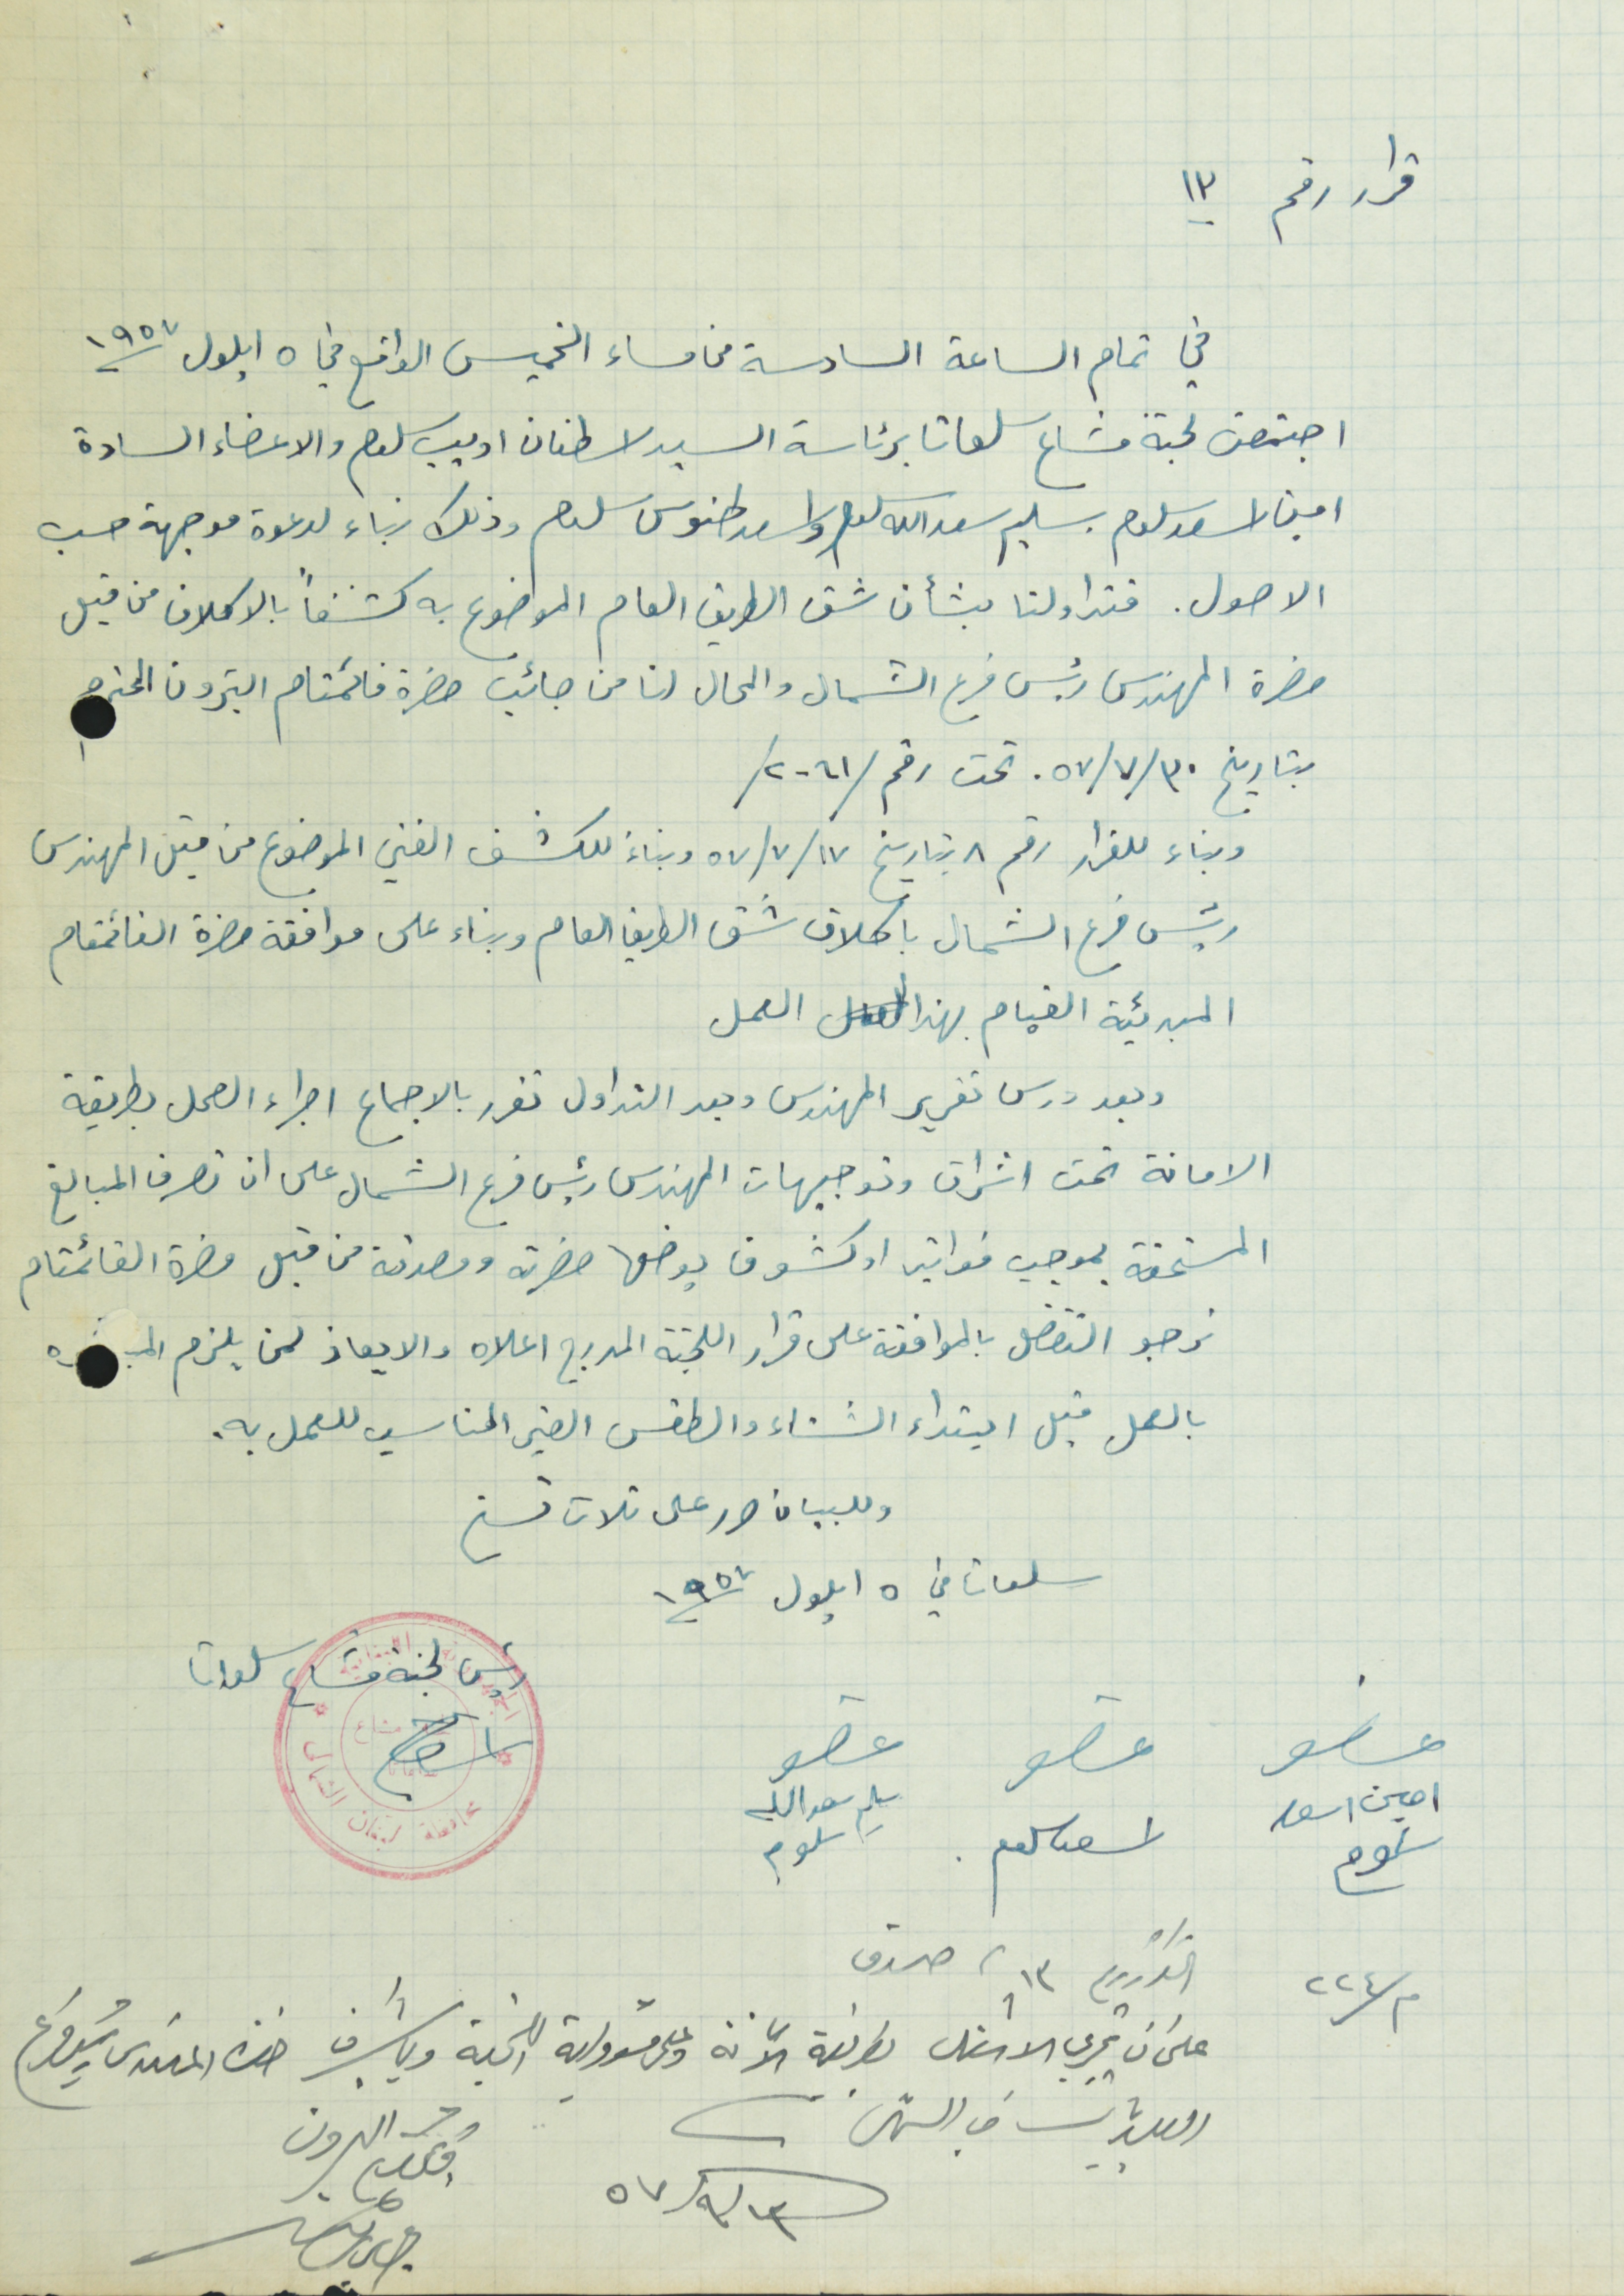
قرار رقم ١٣
في تمام الساعة السادسة من مساء الخميس الواقع في ٥ ايلول ١٩٥٧
اجتمعت لجنة مشاع سلعاتا برئاسة السيد اسطفان اديب سلوم والسادة
امين اسعد سلوم سليم سعدالله سلوم واسعد طنوس سلوم وذلك بناء لدعوة موجهة حسب
الاصول. فتداولنا بشأن شق الطريق العام الموضوع به كشفاً بالاكلاف من قبل
حضرة المهندس رئيس فرع الشمال والمحال لنا من جانب حضرة قائمقام البترون المحترم
بتاريخ ٣٠ /٧/ ٥٧ تحت رقم /٢٠٦١/
وبناء للقرار رقم ٨ بتاريخ ١٧ /٧ /٥٧ وبناءَ للكشف الفني الموضوع من قبل المهندس
رئيس فرع الشمال باكلاف شق الطريق العام وبناء على موافقة حضرة القائمقام
المبدئية القيام بهذا العمل
وبعد درس تقرير المهندس وبعد التداول تقرر بالاجماع اجراء العمل بطريقة
الامانة تحت اشراف وتوجيهات المهندس رئيس فرع الشمال على لن تصرف المبالغ
المستحقة بموجب فواتير او كشوف يوضعها حضرته ومصدقة من قبل حضرة القائمقام
نرجو التفضل بالموافقة على قرارا اللجنة المدرج اعلاه والايعاز لمن يلزم
بالعمل قبل ابتداء الشتاء والطقس الغير المناسب للعمل به.
وللبيان حرر على ثلاث نسخ
سلعاتا في ٥ ايلول ١٩٥٧
رئيس لجنة مشاع سلعاتا
عضو   عضو   عضو
امين اسعد سلوم     اسعد سلوم     سليم سعدالله سلوم
م/٢٢٤  القرارا رقم ١٣ صدق
على ان تجري الاشغال بطريقة الامانة وعلى مسؤولية اللجنة وباشراف حضرة المهندس رئيس فرع
البلديات في الشمال
١٣ /٩ /٥٧